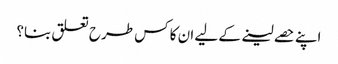
اپنے حصے لینے کے لیے ان کا کس طرح تعلق بنا؟